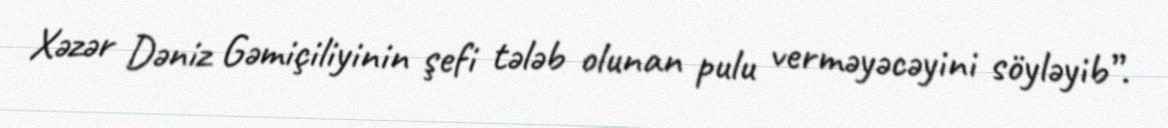
Xəzər Dəniz Gəmiçiliyinin şefi tələb olunan pulu verməyəcəyini söyləyib”.